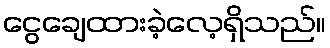
ငွေချေထားခဲ့လေ့ရှိသည်။